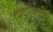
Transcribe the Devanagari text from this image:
फिलॉसोफी